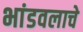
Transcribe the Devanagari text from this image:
भांडवलाचे